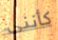
كأننى